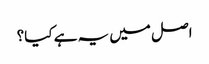
اصل میں یہ ہے کیا؟